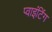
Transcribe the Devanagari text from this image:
प्वाइंटिंग